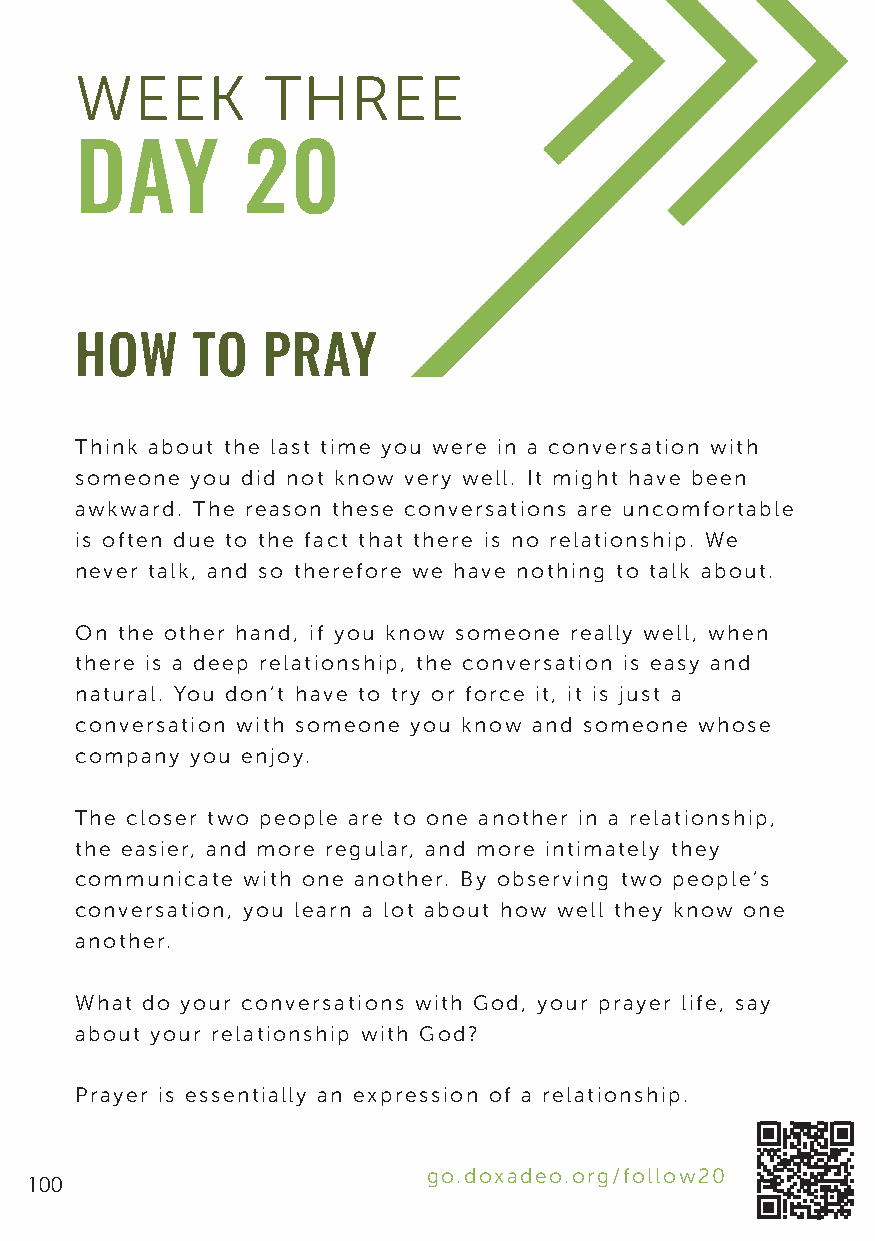
WEEK         THREE
 DAY        20
 HOW     TO  PRAY
 Think about the last time you were in a conversation with
 someone you did not know very well. It might have been
 awkward. The reason these conversations are uncomfortable
 is often due to the fact that there is no relationship. We
 never talk, and so therefore we have nothing to talk about.
 On the other hand, if you know someone really well, when
 there is a deep relationship, the conversation is easy and
 natural. You don’t have to try or force it, it is just a
 conversation with someone you know and someone whose
 company you enjoy.
 The closer two people are to one another in a relationship,
 the easier, and more regular, and more intimately they
 communicate with one another. By observing two people’s
 conversation, you learn a lot about how well they know one
 another.
 What do your conversations with God, your prayer life, say
 about your relationship with God?
 Prayer is essentially an expression of a relationship.
 go.doxadeo.org/follow20
 100